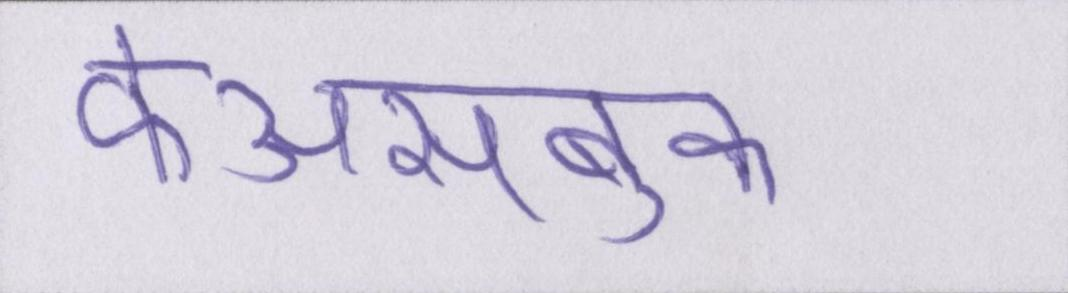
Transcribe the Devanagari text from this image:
फेअसबुक